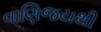
વાણિજયથી